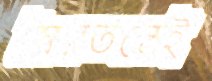
স্বৈরতন্ত্রেই